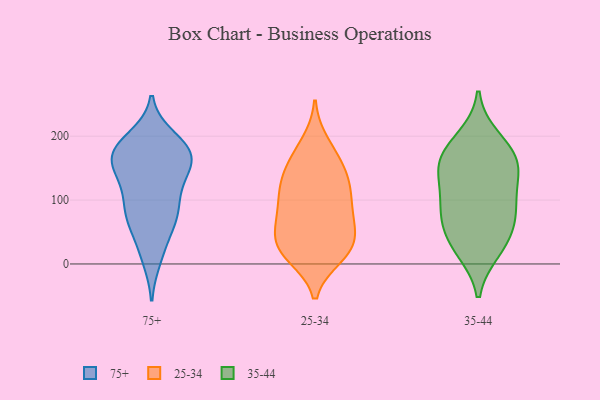
{"axis": {"x": "Population (Million)", "y": "Value"}, "legend": ["25-34", "35-44", "75+"], "data": [{"x": "", "y": 120, "type": "75+"}, {"x": "", "y": 172, "type": "75+"}, {"x": "", "y": 79, "type": "75+"}, {"x": "", "y": 10, "type": "75+"}, {"x": "", "y": 169, "type": "75+"}, {"x": "", "y": 183, "type": "75+"}, {"x": "", "y": 81, "type": "75+"}, {"x": "", "y": 133, "type": "75+"}, {"x": "", "y": 168, "type": "75+"}, {"x": "", "y": 175, "type": "75+"}, {"x": "", "y": 172, "type": "75+"}, {"x": "", "y": 148, "type": "75+"}, {"x": "", "y": 68, "type": "75+"}, {"x": "", "y": 22, "type": "75+"}, {"x": "", "y": 196, "type": "75+"}, {"x": "", "y": 83, "type": "75+"}, {"x": "", "y": 69, "type": "75+"}, {"x": "", "y": 178, "type": "75+"}, {"x": "", "y": 130, "type": "75+"}, {"x": "", "y": 75, "type": "25-34"}, {"x": "", "y": 22, "type": "25-34"}, {"x": "", "y": 115, "type": "25-34"}, {"x": "", "y": 13, "type": "25-34"}, {"x": "", "y": 116, "type": "25-34"}, {"x": "", "y": 158, "type": "25-34"}, {"x": "", "y": 24, "type": "25-34"}, {"x": "", "y": 83, "type": "25-34"}, {"x": "", "y": 168, "type": "25-34"}, {"x": "", "y": 70, "type": "25-34"}, {"x": "", "y": 49, "type": "25-34"}, {"x": "", "y": 51, "type": "25-34"}, {"x": "", "y": 134, "type": "25-34"}, {"x": "", "y": 139, "type": "25-34"}, {"x": "", "y": 21, "type": "25-34"}, {"x": "", "y": 105, "type": "25-34"}, {"x": "", "y": 23, "type": "25-34"}, {"x": "", "y": 189, "type": "25-34"}, {"x": "", "y": 104, "type": "35-44"}, {"x": "", "y": 145, "type": "35-44"}, {"x": "", "y": 81, "type": "35-44"}, {"x": "", "y": 154, "type": "35-44"}, {"x": "", "y": 44, "type": "35-44"}, {"x": "", "y": 196, "type": "35-44"}, {"x": "", "y": 29, "type": "35-44"}, {"x": "", "y": 72, "type": "35-44"}, {"x": "", "y": 89, "type": "35-44"}, {"x": "", "y": 142, "type": "35-44"}, {"x": "", "y": 174, "type": "35-44"}, {"x": "", "y": 22, "type": "35-44"}, {"x": "", "y": 170, "type": "35-44"}]}